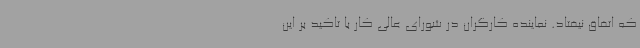
که اتفاق نیفتاد. نماینده کارگران در شورای عالی کار با تاکید بر این